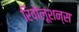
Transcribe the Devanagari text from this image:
रिवोलूशन्स